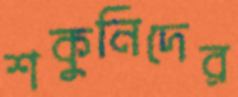
শকুনিদের